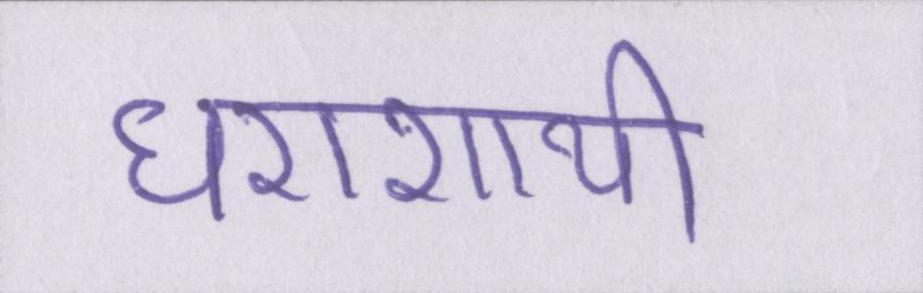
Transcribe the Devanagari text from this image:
धराशायी